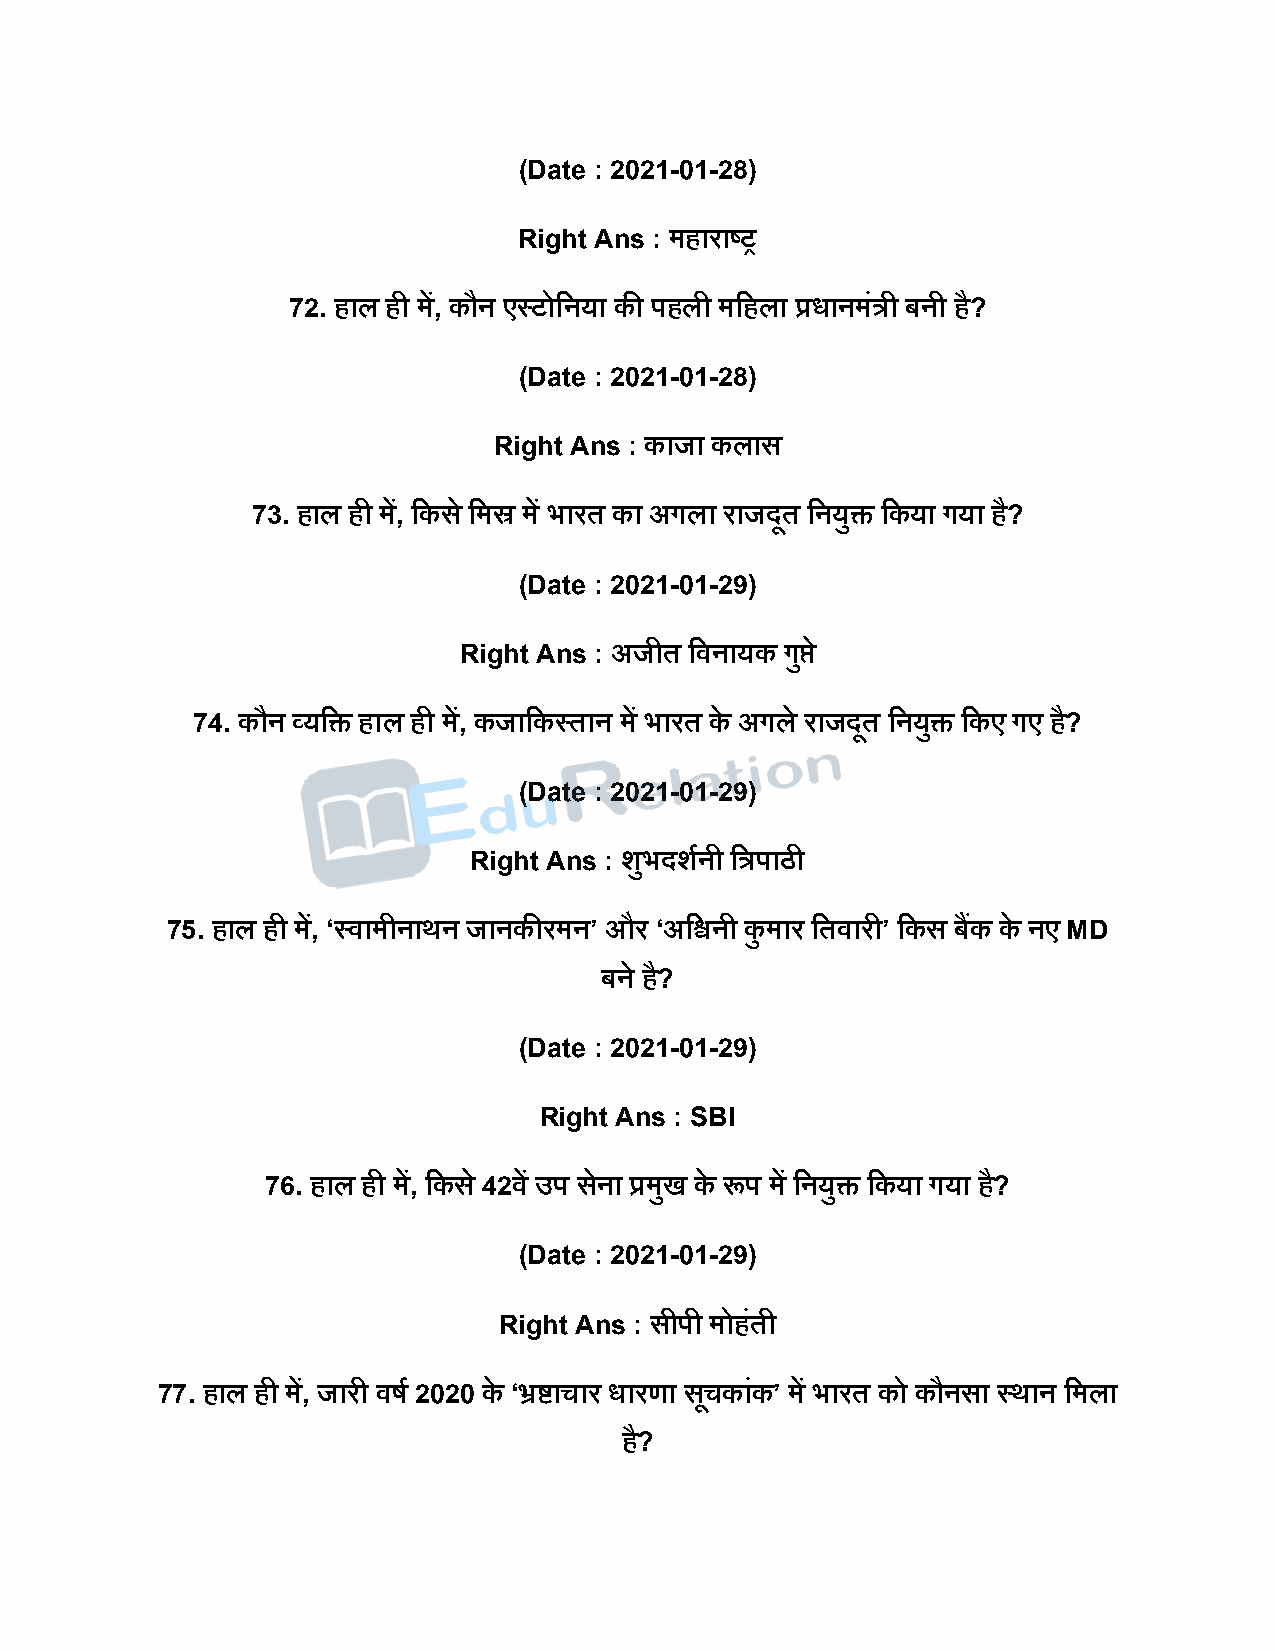
(Date : 2021-01-28)
 Right Ans : महाराष्ट्र
 72. हाल ही में, कौन एस्टोदनया की िहली मदहला प्रधानमंत्री बनी है?
 (Date : 2021-01-28)
 Right Ans : काजा कलास
 73. हाल ही में, दकस े दमस्र में भारत का अगला राजिूत दनयुि दकया गया है?
 (Date : 2021-01-29)
 Right Ans : अजीत दवनायक गप्तु े
 74. कौन व्यदि हाल ही में, कजादकस्तान में भारत के अगले राजिूत दनयुि दकए गए है?
 (Date : 2021-01-29)
 Right Ans : शुभिशषनी दत्रिाठी
 75. हाल ही में, ‘स्वामीनाथन जानकीरमन’ और ‘अदश्वनी कु मार दतवारी’ दकस बकैं के नए MD
 बने है?
 (Date : 2021-01-29)
 Right Ans : SBI
 76. हाल ही में, दकस े 42वें उि सने ा प्रमुख के रूि में दनयुि दकया गया है?
 (Date : 2021-01-29)
 Right Ans : सीिी मोहतं ी
 77. हाल ही में, जारी वर्ष 2020 के ‘भ्रष्टाचार धारणा सचू कांक’ में भारत को कौनसा स्थान दमला
 है?